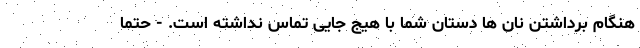
هنگام برداشتن نان ها دستان شما با هیج جایی تماس نداشته است. - حتما